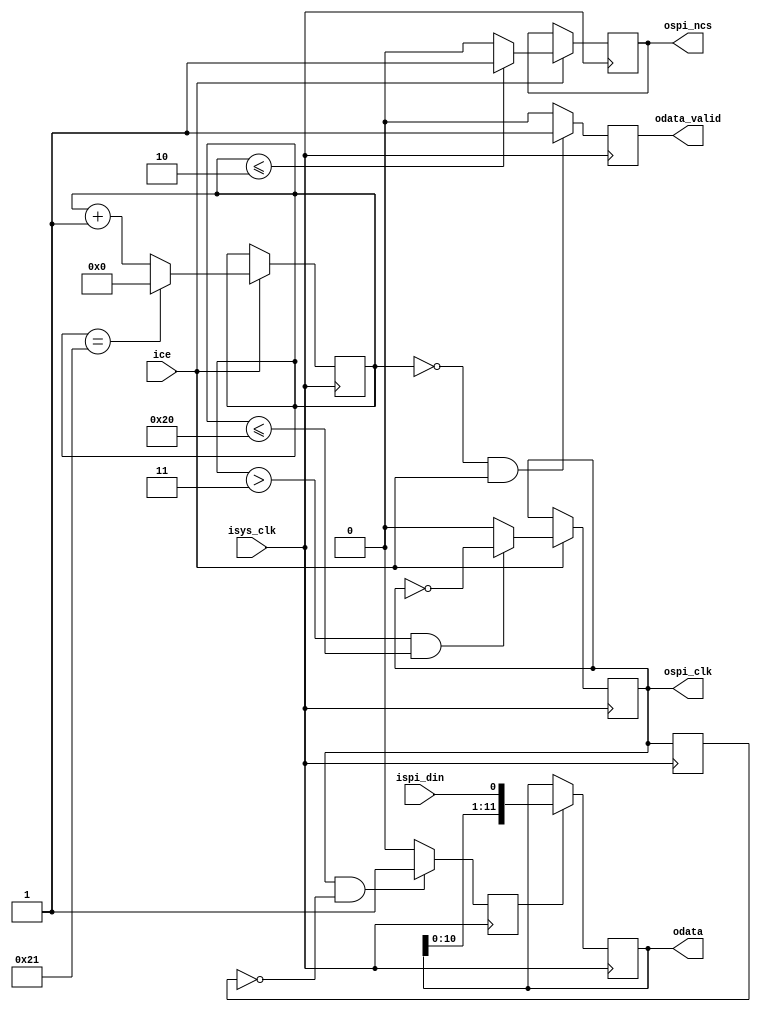
`timescale 1ns / 1ps
//////////////////////////////////////////////////////////////////////////////////
// Company: 
// Engineer: 
// 
// Design Name: 
// Module Name: mcp3201_cnt
// Project Name: 
// Target Devices: 
// Tool Versions: 
// Description: 
// 
// Dependencies: 
// 
// Revision:
// Revision 0.01 - File Created
// Additional Comments:
// 
//////////////////////////////////////////////////////////////////////////////////


module mcp3201_cnt(
	input isys_clk,
    input ice,
    //
    output ospi_ncs,
    input ispi_din,
    output ospi_clk,
    //
    output [11:0] odata,
    output odata_valid
);

	reg [5:0]  cnt;
    reg [11:0] sr_din;
	
	reg data_valid;
	reg spi_ncs;
	reg spi_clk;
	reg spi_clk_dff;
	
	reg srl_dv;
	
	initial begin
		cnt <= 0;
	end
	
	always @(posedge isys_clk) begin
		if (ice) begin
			if (cnt == 33) begin
				cnt <= 0;				
			end else begin
				cnt <= cnt + 1;
			end
		end
	end
	
	
	always @(posedge isys_clk) begin
		if (ice) begin
			//spi_ncs
			if (cnt <= 2) begin
				spi_ncs  <= 1'b1;
			end else begin
				spi_ncs <= 1'b0;
			end
			
			//spi_clk
			if (cnt > 3 && cnt <= 32) begin
				spi_clk <= ~spi_clk;
			end else begin
				spi_clk <= 1'b0;
			end	
		end
		
		if (cnt == 0 && ice == 1'b1) begin 
			data_valid <= 1'b1;
		end else begin
			data_valid <= 1'b0;
		end
	end
	
	always @(posedge isys_clk) begin
		spi_clk_dff <= spi_clk;
		if (spi_clk == 1'b1 && spi_clk_dff == 1'b0) begin
			srl_dv <= 1'b1;
		end else begin
			srl_dv <= 1'b0;
		end
	end
	

	//gen ispi_din
    always @(posedge isys_clk) begin
    	if(srl_dv) begin
  			sr_din <= {sr_din[10:0],ispi_din};
  		end		
	end
	
    assign ospi_clk 	= spi_clk;
    assign ospi_ncs 	= spi_ncs;
	assign odata 		= sr_din;
	assign odata_valid 	= data_valid;
	
endmodule